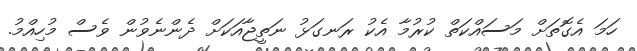
ހަމަ އެގޮތަށް މަސައްކަތް ކުރުމާ އެކު ރަނގަޅު ނަތީޖާއަކަށް ދެންނެވުން ވެސް މުހިއްމު.